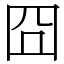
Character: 囧